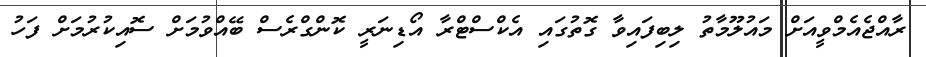
ރާއްޖެއެމްވީއަށް މައުލޫމާތު ލިބިފައިވާ ގޮތުގައި އެކްސްޓްރާ އޯޑިނަރީ ކޮންގްރެސް ބޭއްވުމަށް ސޮއިކުރުމަށް ފަހު